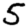
Digit: 5